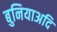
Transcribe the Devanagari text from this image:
बुनियाअदि